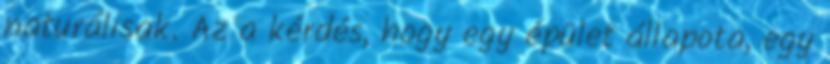
naturálisak. Az a kérdés, hogy egy épület állapota, egy